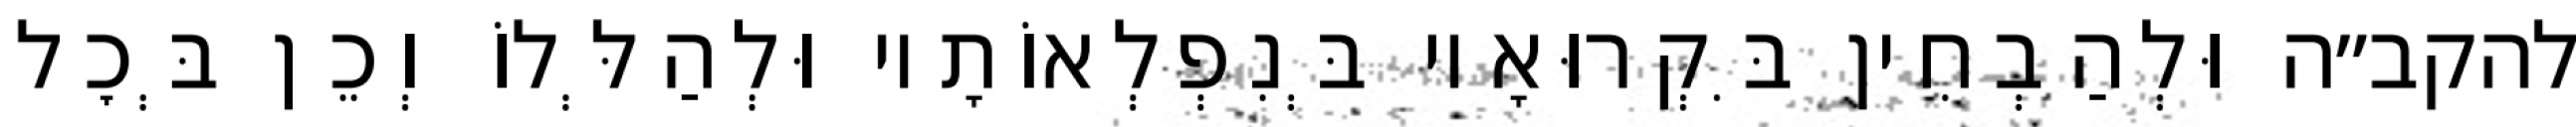
להקב״ה וּלְהַבְחִין בִּקְרוּאָיו בְּנִפְלְאוֹתָיו וּלְהַלְּלוֹ וְכֵן בְּכׇל